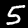
Digit: 5